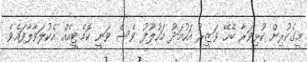
މީގެކުރިން ކުޅިވަރާ ބެހޭ ވަަޒީރު އަހުމަދު މަހުލޫފު ވެސް ވަނީ ކޮމެޓީއެއް އެކުލަވާލާފައެވެ.